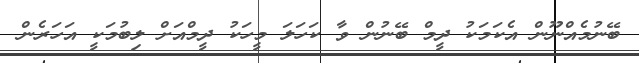
ބޭނުމެއްނޫން އެކަމަކު ދީމް ބޭނުން ވާ ކަހަލަ މީހަކު ދީމްއަށް ލިބުމަކީ އަހަރެން